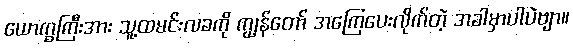
ယောက္ခကြီးအား သူ့ထမင်းလခကို ကျွန်တော် အကြေပေးလိုက်တဲ့ အခါမှာပါပဲဗျာ။